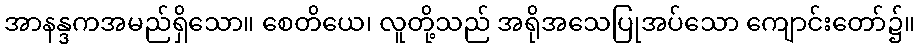
အာနန္ဒကအမည်ရှိသော။ စေတိယေ၊ လူတို့သည် အရိုအသေပြုအပ်သော ကျောင်းတော်၌။